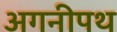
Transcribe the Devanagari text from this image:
अगनीपथ